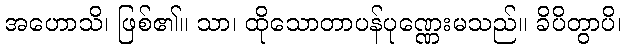
အဟောသိ၊ ဖြစ်၏။ သာ၊ ထိုသောတာပန်ပုဏ္ဏေးမသည်။ ခိပိတွာပိ၊